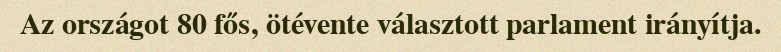
Az országot 80 fős, ötévente választott parlament irányítja.